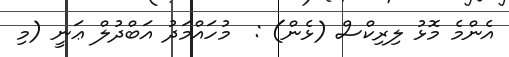
އެންމެ މޮޅު ލިރިކްސް (ޅެން) :  މުހައްމަދު އަބްދުލް ޢަނީ (މި